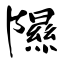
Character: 隰